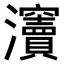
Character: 𤅋